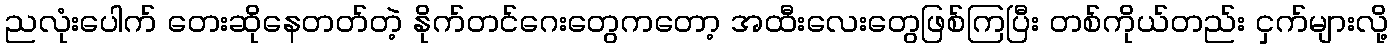
ညလုံးပေါက် တေးဆိုနေတတ်တဲ့ နိုက်တင်ဂေးတွေကတော့ အထီးလေးတွေဖြစ်ကြပြီး တစ်ကိုယ်တည်း ငှက်များလို့